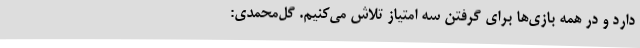
دارد و در همه بازی‌ها برای گرفتن سه امتیاز تلاش می‌کنیم. گل‌محمدی: